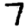
Digit: 7